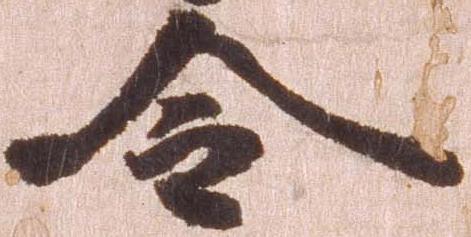
令